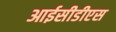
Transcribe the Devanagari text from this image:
आईसीडीएस